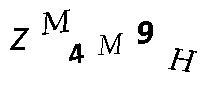
ZM4M9H